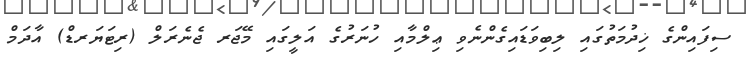
ސިފައިންގެ ޚިދުމަތުގައި ލިބިވަޑައިގެންނެވި ޢިލްމާއި ހުނަރުގެ އަލީގައި މޭޖަރ ޖެނެރަލް (ރިޓަޔަރޑް) އާދަމް